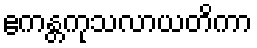
ဧကန္တကုသလာယတိကာ